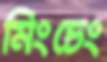
মিংচেং